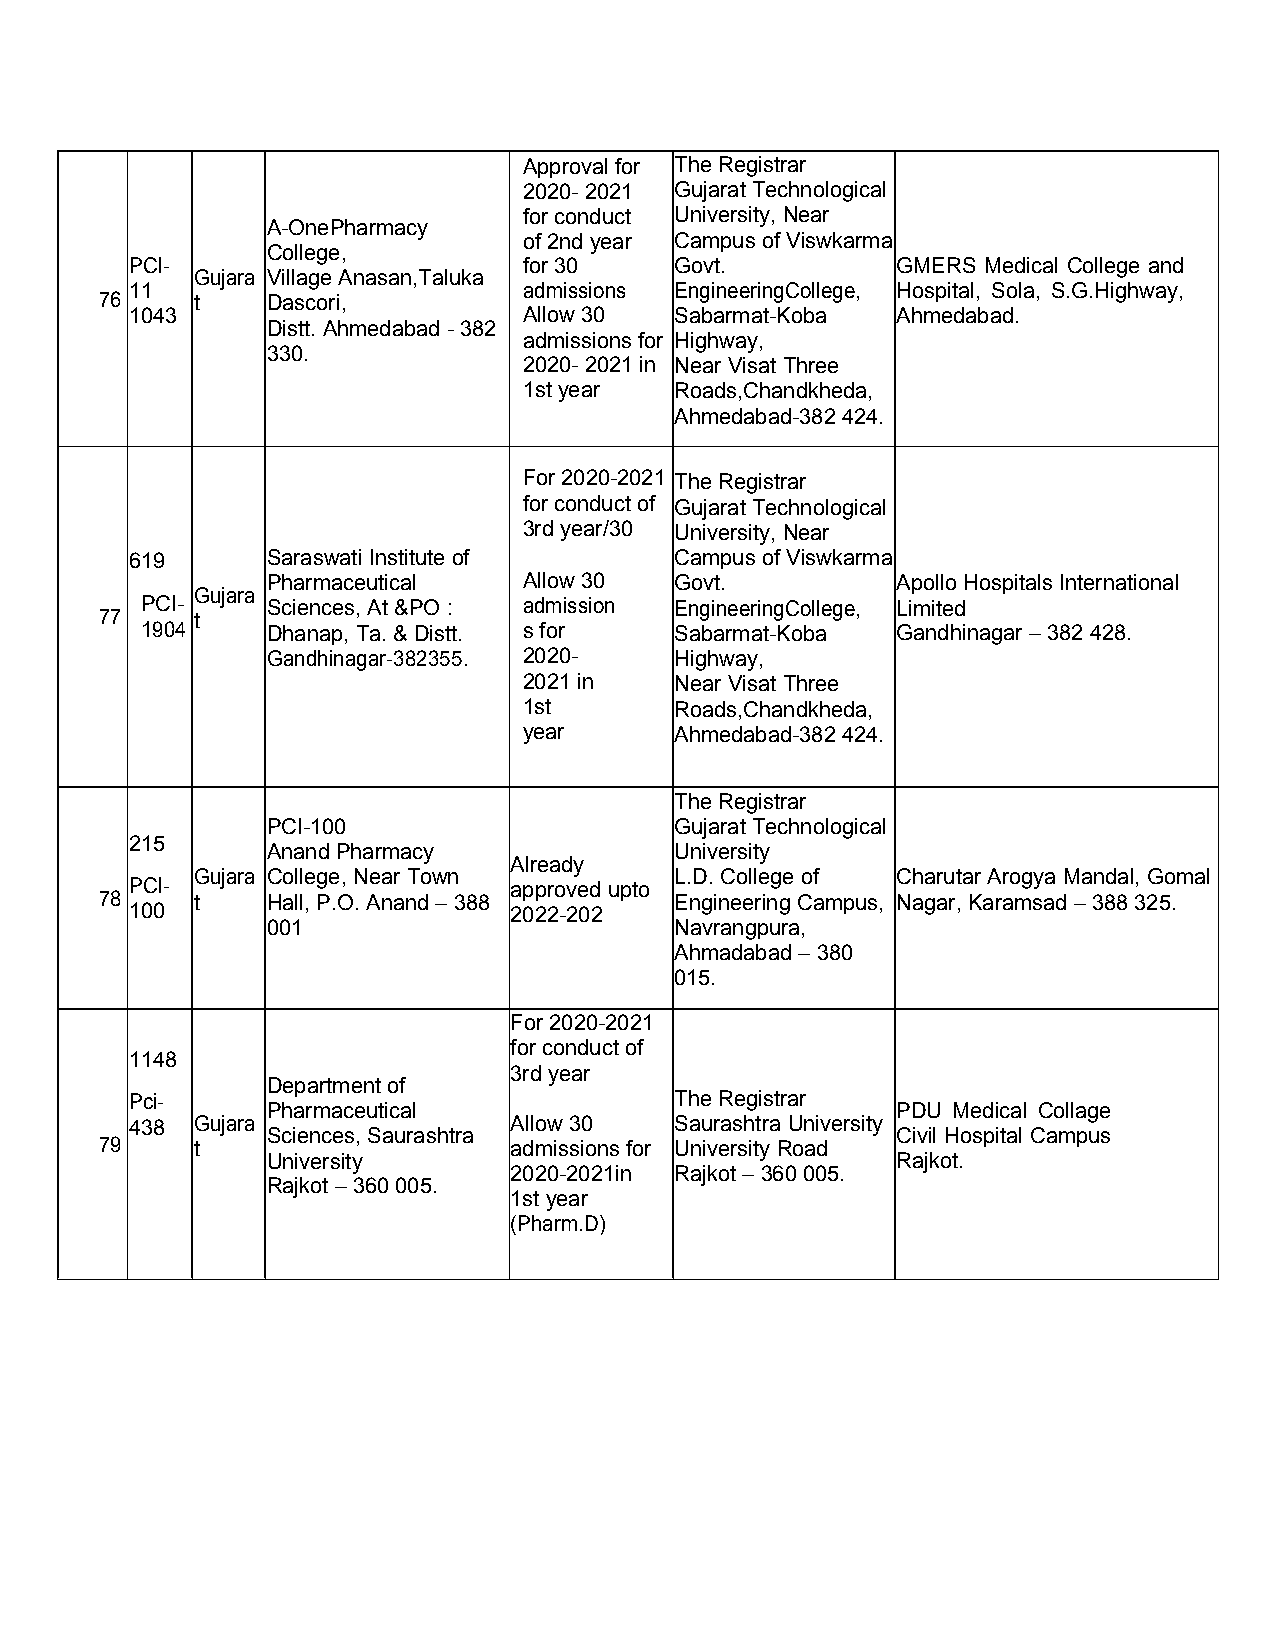
Approvalfor TheRegistrar
 2020- 2021 GujaratTechnological
 for conduct University, Near
 A-OnePharmacy
 of2ndyear Campusof Viswkarma
 College,
 PCI-                      for 30    Govt.         GMERS Medical College and
 Gujara VillageAnasan,Taluka
 11                        admissions EngineeringCollege, Hospital, Sola, S.G.Highway,
 76    t    Dascori,
 1043                      Allow 30  Sabarmat-Koba Ahmedabad.
 Distt.Ahmedabad- 382
 admissionsfor Highway,
 330.
 2020- 2021in Near VisatThree
 1styear   Roads,Chandkheda,
 Ahmedabad-382 424.
 For 2020-2021 TheRegistrar
 for conductof GujaratTechnological
 3rd year/30 University, Near
 619      SaraswatiInstitute of      Campusof Viswkarma
 Pharmaceutical   Allow 30  Govt.         Apollo HospitalsInternational
 Gujara
 PCI-     Sciences,At&PO : admission EngineeringCollege, Limited
 77    t
 1904     Dhanap,Ta.& Distt. sfor    Sabarmat-Koba Gandhinagar –382 428.
 Gandhinagar-382355. 2020-  Highway,
 2021 in   Near VisatThree
 1st       Roads,Chandkheda,
 year      Ahmedabad-382 424.
 TheRegistrar
 PCI-100                    GujaratTechnological
 215
 AnandPharmacy              University
 Already
 Gujara College,Near Town        L.D.Collegeof Charutar Arogya Mandal,Gomal
 PCI-                     approved upto
 78    t    Hall,P.O.Anand–388         Engineering Campus, Nagar,Karamsad–388325.
 100                      2022-202
 001                        Navrangpura,
 Ahmadabad– 380
 015.
 For 2020-2021
 for conductof
 1148
 3rd year
 Departmentof
 Pci-                                TheRegistrar
 Pharmaceutical                           PDU Medical Collage
 438 Gujara               Allow 30   Saurashtra University
 Sciences,Saurashtra                      Civil Hospital Campus
 79    t                    admissions for University Road
 University                               Rajkot.
 2020-2021in Rajkot –360 005.
 Rajkot–360 005.
 1styear
 (Pharm.D)